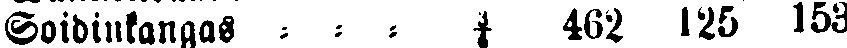
Soidinkangas - - - ¾ 462 125 153